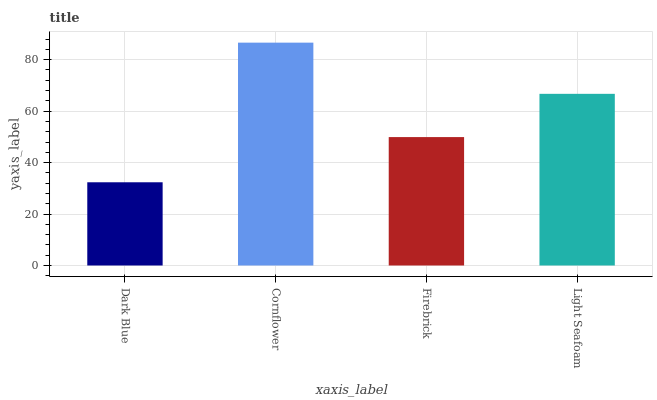
| xaxis_label | bars |
 | --- | --- |
 | Dark Blue | 32.4 |
 | Cornflower | 86.6 |
 | Firebrick | 49.9 |
 | Light Seafoam | 66.7 |